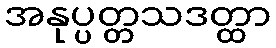
အနုပ္ပတ္တသဒတ္ထာ